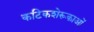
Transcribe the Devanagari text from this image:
कटिकशेरूकाओं